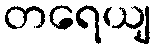
တရေယျ